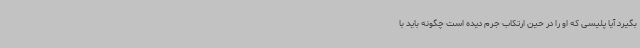
بگیرد آیا پلیسی که او را در حین ارتکاب جرم دیده است چگونه باید با